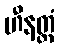
ဟီနတ္တံ